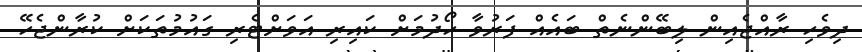
ދިވެހި ރާއްޖެއިން ލިބޭންނެތް ބައެއް ފަރުވާ ހޯދުމަށް ކައިރި އަވަށްޓެރި ގައުމުތަކަށް ކުރާންޖެހޭ